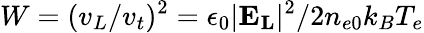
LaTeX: W=(v_{L}/v_{t})^{2}=\epsilon_{0}|\mathbf{E_{L}}|^{2}/2n_{e0}k_{B}T_{e}